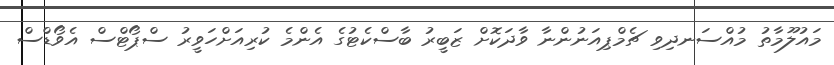
މައުލޫމާތު މުއްސަނދިވި ޗެމްޕިއަނުންނާ ވާދަކޮށް ޒަބީރު ބާސްކެޓުގެ އެންމެ ކުރިއަށްހަވީރު ސްޕޯޓްސް އެވޯޑްސް